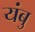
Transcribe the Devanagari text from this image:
यंबु